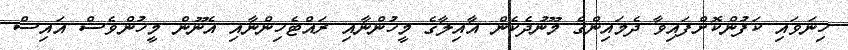
ހިނަވައި ކަފުންކޮށްފައިވާ ދެމައިންގެ މޫނުދެކެން އާއިލާގެ މީހުންނާއި ރައްޓެހިންނާއި އެނޫން މީހުންވެސް އައިސް